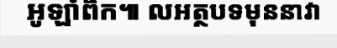
អូឡាំពិក៕ លអត្ថបទមុននាវា